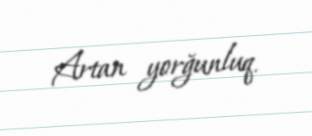
Artan yorğunluq.